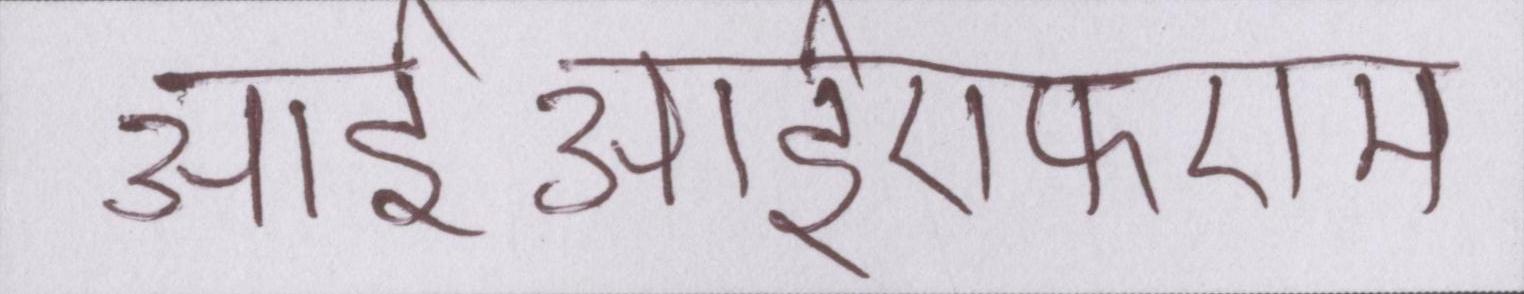
आईआईएफएम